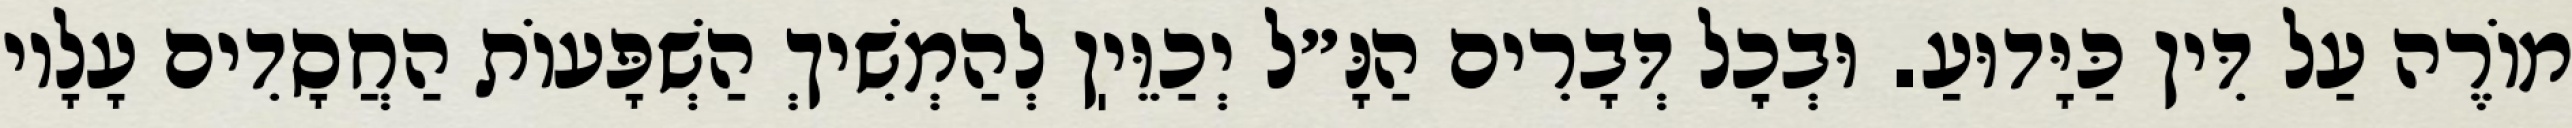
מוֹרֶה עַל דִּין כַּיָּדוּעַ. וּבְכׇל דְּבָרִים הַנָּ״ל יְכַוֵּיֽן לְהַמְשִׁיךְ הַשְׁפָּעוֹת הַחֲסָדִים עָלָיו